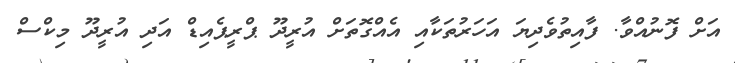
އަށް ފޮނުއްވާ. ފާއިތުވެދިޔަ އަހަރުތަކާއި އެއްގޮތަށް އުރީދޫ ޕްރީޕެއިޑް އަދި އުރީދޫ މިކްސް